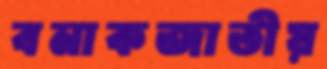
বনাকজাতীয়